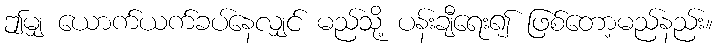
ဤမျှ ယောက်ယက်ခပ်နေလျှင် မည်သို့ ပန်းချီရေး၍ ဖြစ်တော့မည်နည်း။